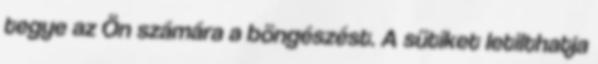
tegye az Ön számára a böngészést. A sütiket letilthatja